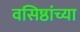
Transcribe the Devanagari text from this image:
वसिष्ठांच्या